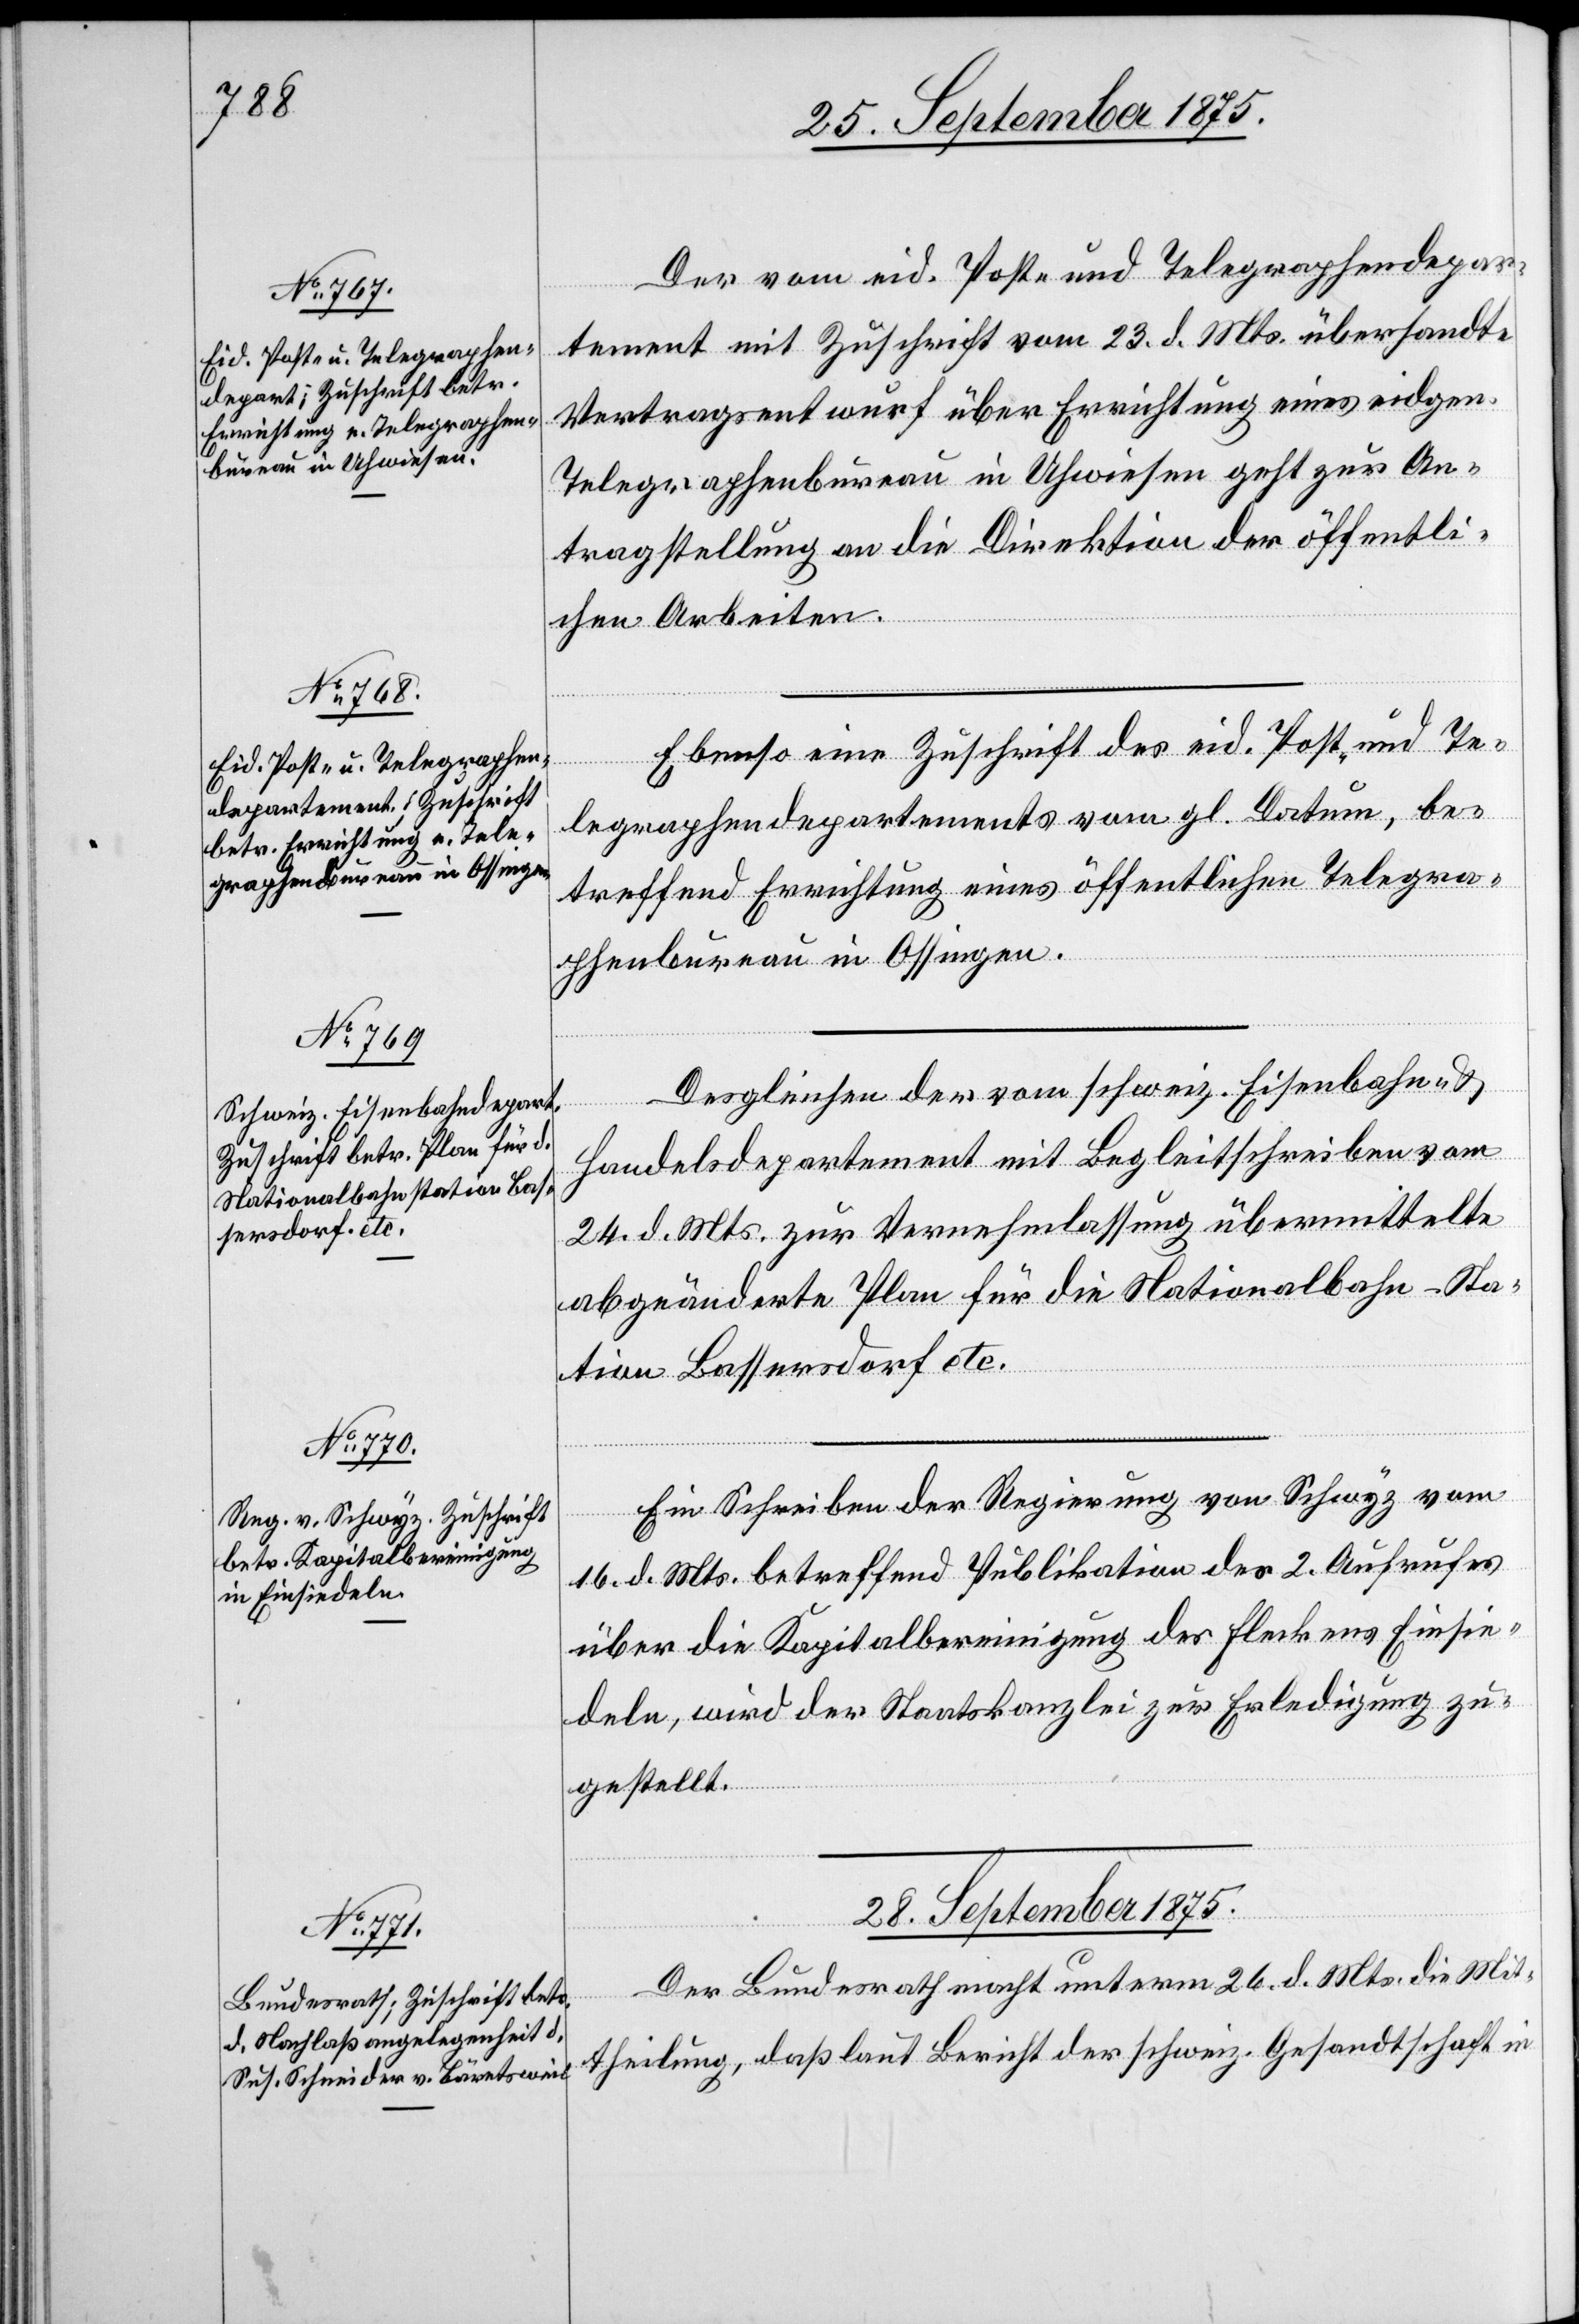
[Fortsetz¬

Der vom eid. Post- und Telegraphendepar¬
tement mit Zuschrift vom 23. d. Mts. übersandte
Vertragsentwurf über Errichtung eines eidgen.
Telegraphenbureau in Uhwiesen geht zur An¬
tragstellung an die Direktion der öffentli¬
chen Arbeiten.
Ebenso eine Zuschrift des eid. Post- und Te¬
legraphendepartements vom gl. Datum, be¬
treffend Errichtung eines öffentlichen Telegra¬
phenbureau in Ossingen.
Desgleichen der vom schweiz. Eisenbahn- &
ung
Handelsdepartement mit Begleitschreiben vom
24. d. Mts. zur Vernehmlassung übermittelte
abgeänderte Plan für die Nationalbahn-Sta¬
tion Bassersdorf etc.
Ein Schreiben der Regierung von Schwyz vom
16. d. Mts. betreffend Publikation des 2. Aufrufes
über die Kapitalbereinigung des Fleckens Einsie¬
deln, wird der Staatskanzlei zur Erledigung zu¬
gestellt.
28. September 1875.
Der Bundesrath macht unterm 26. d. Mts. die Mit¬
theilung, daß laut Bericht der schweiz. Gesandtschaft in